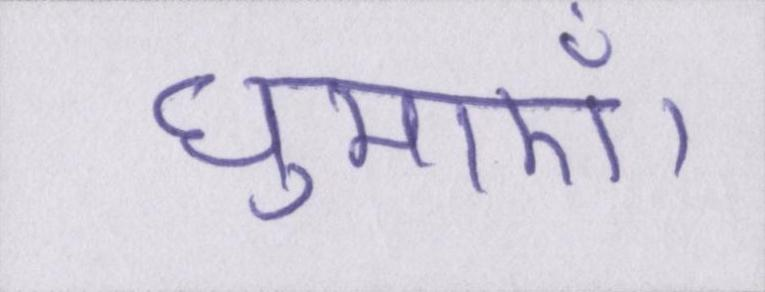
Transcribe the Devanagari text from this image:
घुमाएँ।